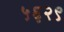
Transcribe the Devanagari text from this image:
५६२९